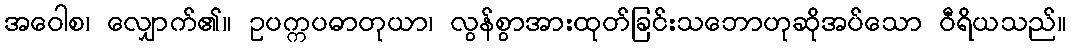
အဝေါစ၊ လျှောက်၏။ ဥပက္ကပဓာတုယာ၊ လွန်စွာအားထုတ်ခြင်းသဘောဟုဆိုအပ်သော ဝီရိယသည်။